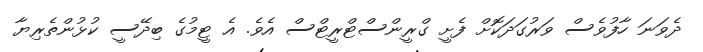
ދެވަނަ ހާފުވެސް ވަރުގަދަކޮށް ފެށީ ގްރީންސްޓްރީޓްސް އެވެ. އެ ޓީމުގެ ބިދޭސީ ކުޅުންތެރިޔާ